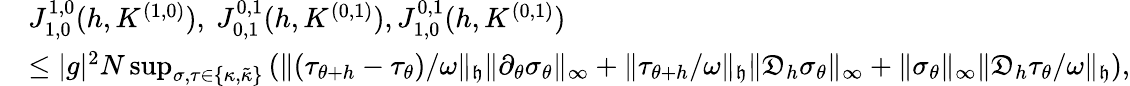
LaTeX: \begin{array}{rl}&{J_{1,0}^{1,0}(h,K^{(1,0)}),\ J_{0,1}^{0,1}(h,K^{(0,1)}),J_{1,0}^{0,1}(h,K^{(0,1)})}\\ &{\leq|g|^{2}N\operatorname*{sup}_{\sigma,\tau\in\{ \kappa,\tilde{\kappa}\} }\left(\| (\tau_{\theta+h}-\tau_{\theta})/\omega\| _{\mathfrak{h}}\| \partial_{\theta}\sigma_{\theta}\| _{\infty}+\| \tau_{\theta+h}/\omega\| _{\mathfrak{h}}\| \mathfrak{D}_{h}\sigma_{\theta}\| _{\infty}+\| \sigma_{\theta}\| _{\infty}\| \mathfrak{D}_{h}\tau_{\theta}/\omega\| _{\mathfrak{h}}\right),}\end{array}